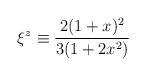
LaTeX: \begin{align*}\xi^z\equiv \frac{2 (1 + x)^2}{3 (1 + 2 x^2)}\end{align*}